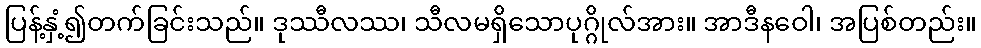
ပြန့်နှံ့၍တက်ခြင်းသည်။ ဒုဿီလဿ၊ သီလမရှိသောပုဂ္ဂိုလ်အား။ အာဒီနဝေါ၊ အပြစ်တည်း။